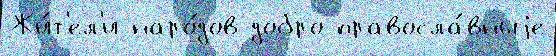
Жи́т'ел'и наро́дов добро правосла́вныjе